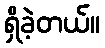
ရှိခဲ့တယ်။